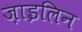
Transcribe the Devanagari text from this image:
ज़ाइलिन